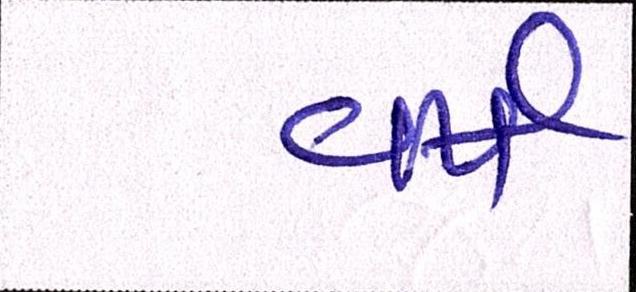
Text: વર્ષ